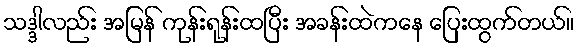
သဒ္ဒါလည်း အမြန် ကုန်းရုန်းထပြီး အခန်းထဲကနေ ပြေးထွက်တယ်။